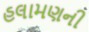
હલામણની